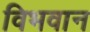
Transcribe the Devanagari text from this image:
विभवान